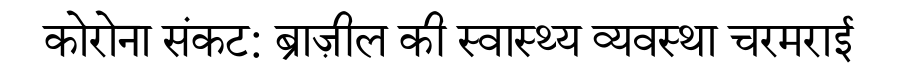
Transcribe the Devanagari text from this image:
कोरोना संकट: ब्राज़ील की स्वास्थ्य व्यवस्था चरमराई